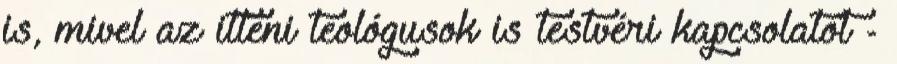
is, mivel az itteni teológusok is testvéri kapcsolatot -